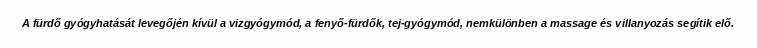
A fürdő gyógyhatását levegőjén kívül a vizgyógymód, a fenyő-fürdők, tej-gyógymód, nemkülönben a massage és villanyozás segítik elő.